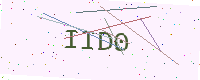
Text: IID0